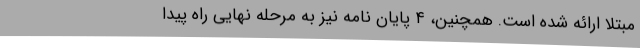
مبتلا ارائه شده است. همچنین، ٤ پايان نامه نیز به مرحله نهایی راه پیدا